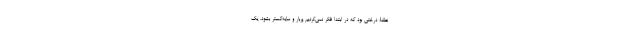
نطفۀ درختی بود که در ابتدا فکر نمی‌کردیم پربار و سایه‌گستر بشود. یک